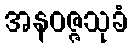
အနဝဇ္ဇသုခံ